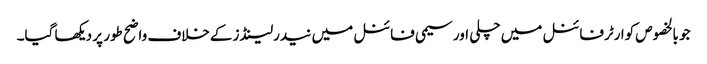
جو بالخصوص کوارٹرفائنل میں چلی اور سیمی فائنل میں نیدرلینڈز کےخلاف واضح طور پر دیکھا گیا۔